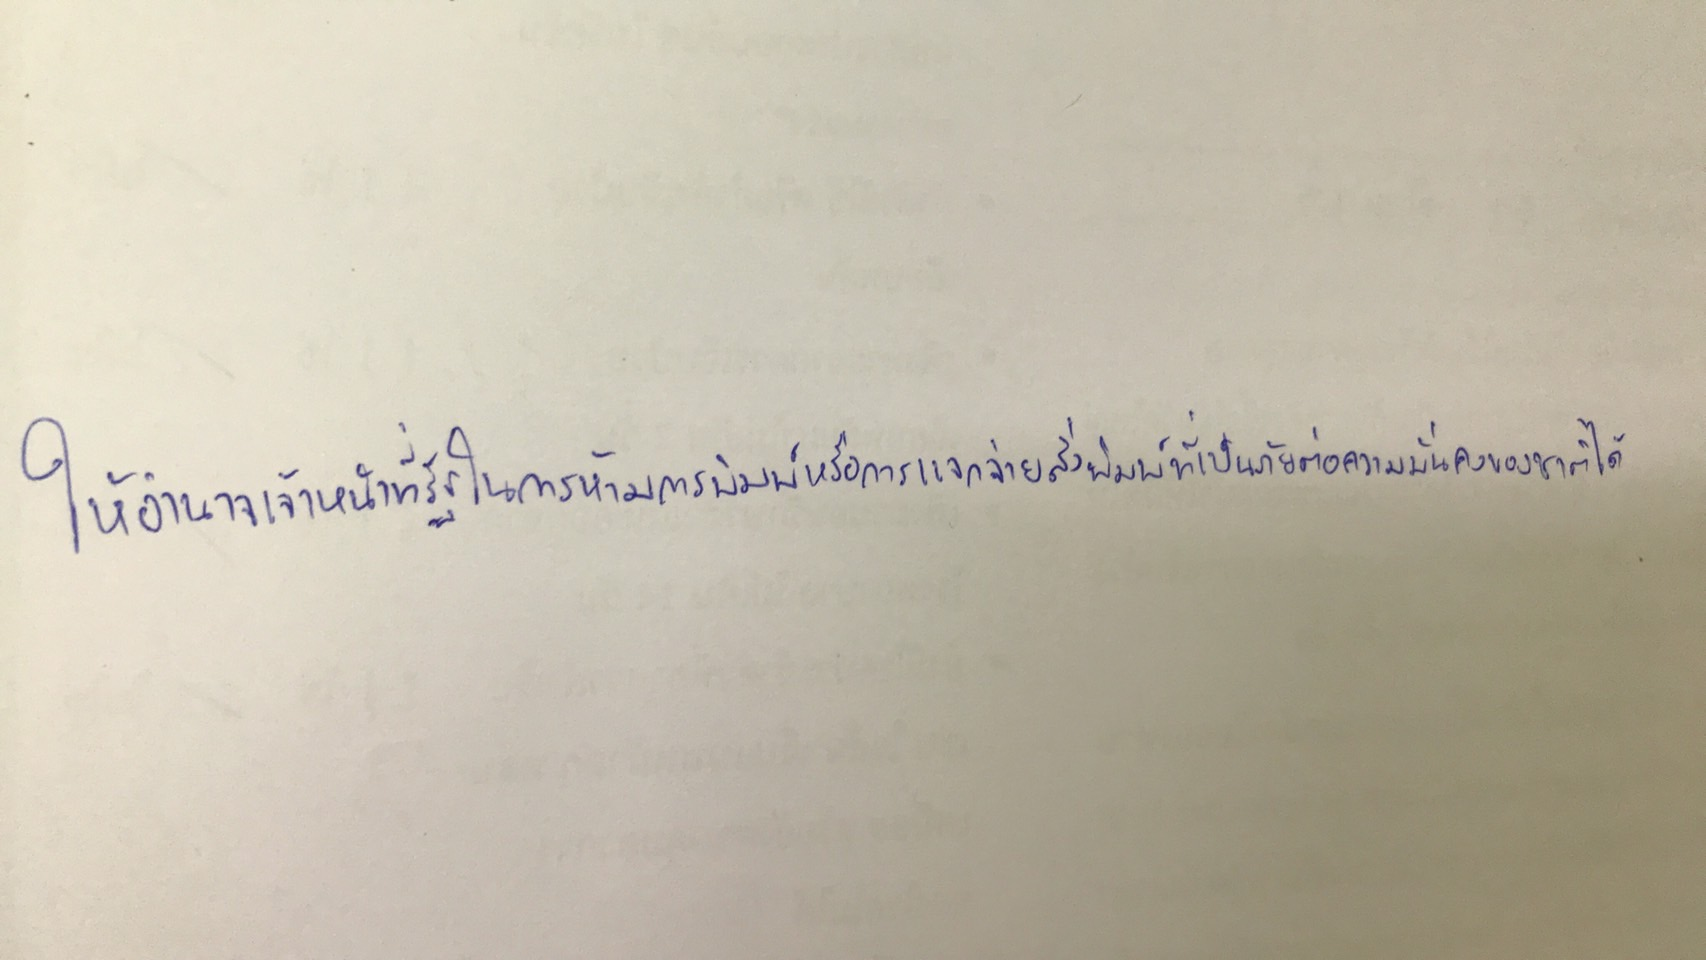
ให้อำนาจเจ้าหน้าที่ของรัฐในการห้ามการพิมพ์หรือการแจกจ่ายสิ่งพิมพ์ที่เป็นภัยต่อความมั่นคงของชาติได้